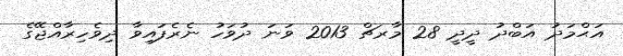
އަޙްމަދު އަބްދު ދީދީ 28 މާރޗް 2013 ވަނަ ދުވަހު ނެރެފައިވާ ދިވެހިރާއްޖޭގެ